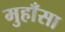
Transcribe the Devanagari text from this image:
मुहाँसा